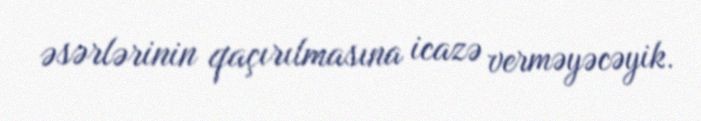
əsərlərinin qaçırılmasına icazə verməyəcəyik.